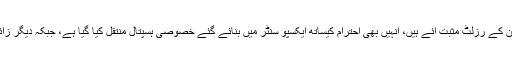
انہوں نے کہا کہ ڈی آئی جی نے بتایا ہے کہ جن زائرین کے رزلٹ مثبت آئے ہیں، انہیں بھی احترام کیساتھ ایکسپو سنٹر میں بنائے گئے خصوصی ہسپتال منتقل کیا گیا ہے، جبکہ دیگر زائرین کی بھی تمام ضروریات کا خیال رکھا جا رہا ہے۔